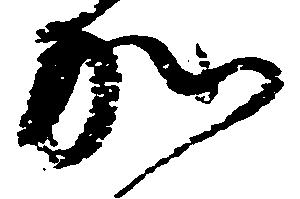
加